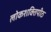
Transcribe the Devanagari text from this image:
लोकशक्तिपीठ